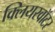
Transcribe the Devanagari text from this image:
क्लियरवॉटर